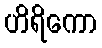
ဟိရိကော